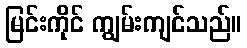
မြင်းကိုင် ကျွမ်းကျင်သည်။